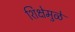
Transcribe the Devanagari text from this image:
शिक्षेमुळे